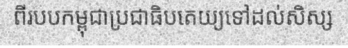
ពីរបបកម្ពុជាប្រជាធិបតេយ្យទៅដល់សិស្ស